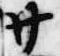
廿